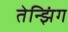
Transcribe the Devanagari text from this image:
तेन्झिंग